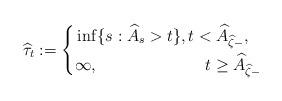
LaTeX: \begin{align*}\widehat \tau_t:=\left\lbrace \begin{aligned}&\inf\{s: \widehat{A}_s>t\},t<\widehat{A}_{\widehat{\zeta}-},\\&\infty,\qquad\qquad\qquad\;\; t\geq \widehat{A}_{\widehat{\zeta}-} \end{aligned}\right.\end{align*}